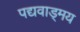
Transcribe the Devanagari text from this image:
पद्यवाड्मय